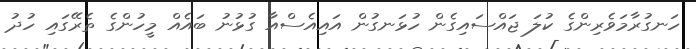
ހަނގުރާމަވެރިންގެ ކުލަ ޖައްސައިގެން ހުޅަނގުން އައިއެސްއާ ގުޅުނު ބައެއް މީހުންގެ ތެރޭގައި ހުދު